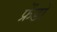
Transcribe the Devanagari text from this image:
फ्रेंडो